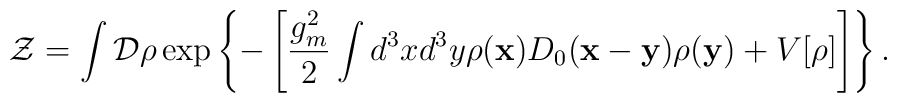
{\cal Z}=\int {\cal D}\rho\exp\left\{-\left[\frac{g_m^2}{2}\int d^3xd^3y\rho({\bf x})D_0({\bf x}-{\bf y})\rho({\bf y})+V[\rho]\right]\right\}.